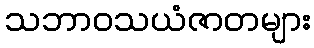
သဘာဝသယံဇာတများ